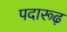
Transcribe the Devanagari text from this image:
पदारूढ़